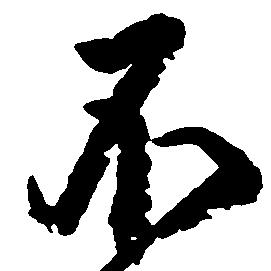
不